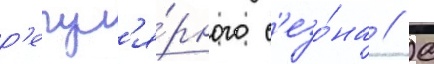
р'егул'я́рного с'езо́на // С